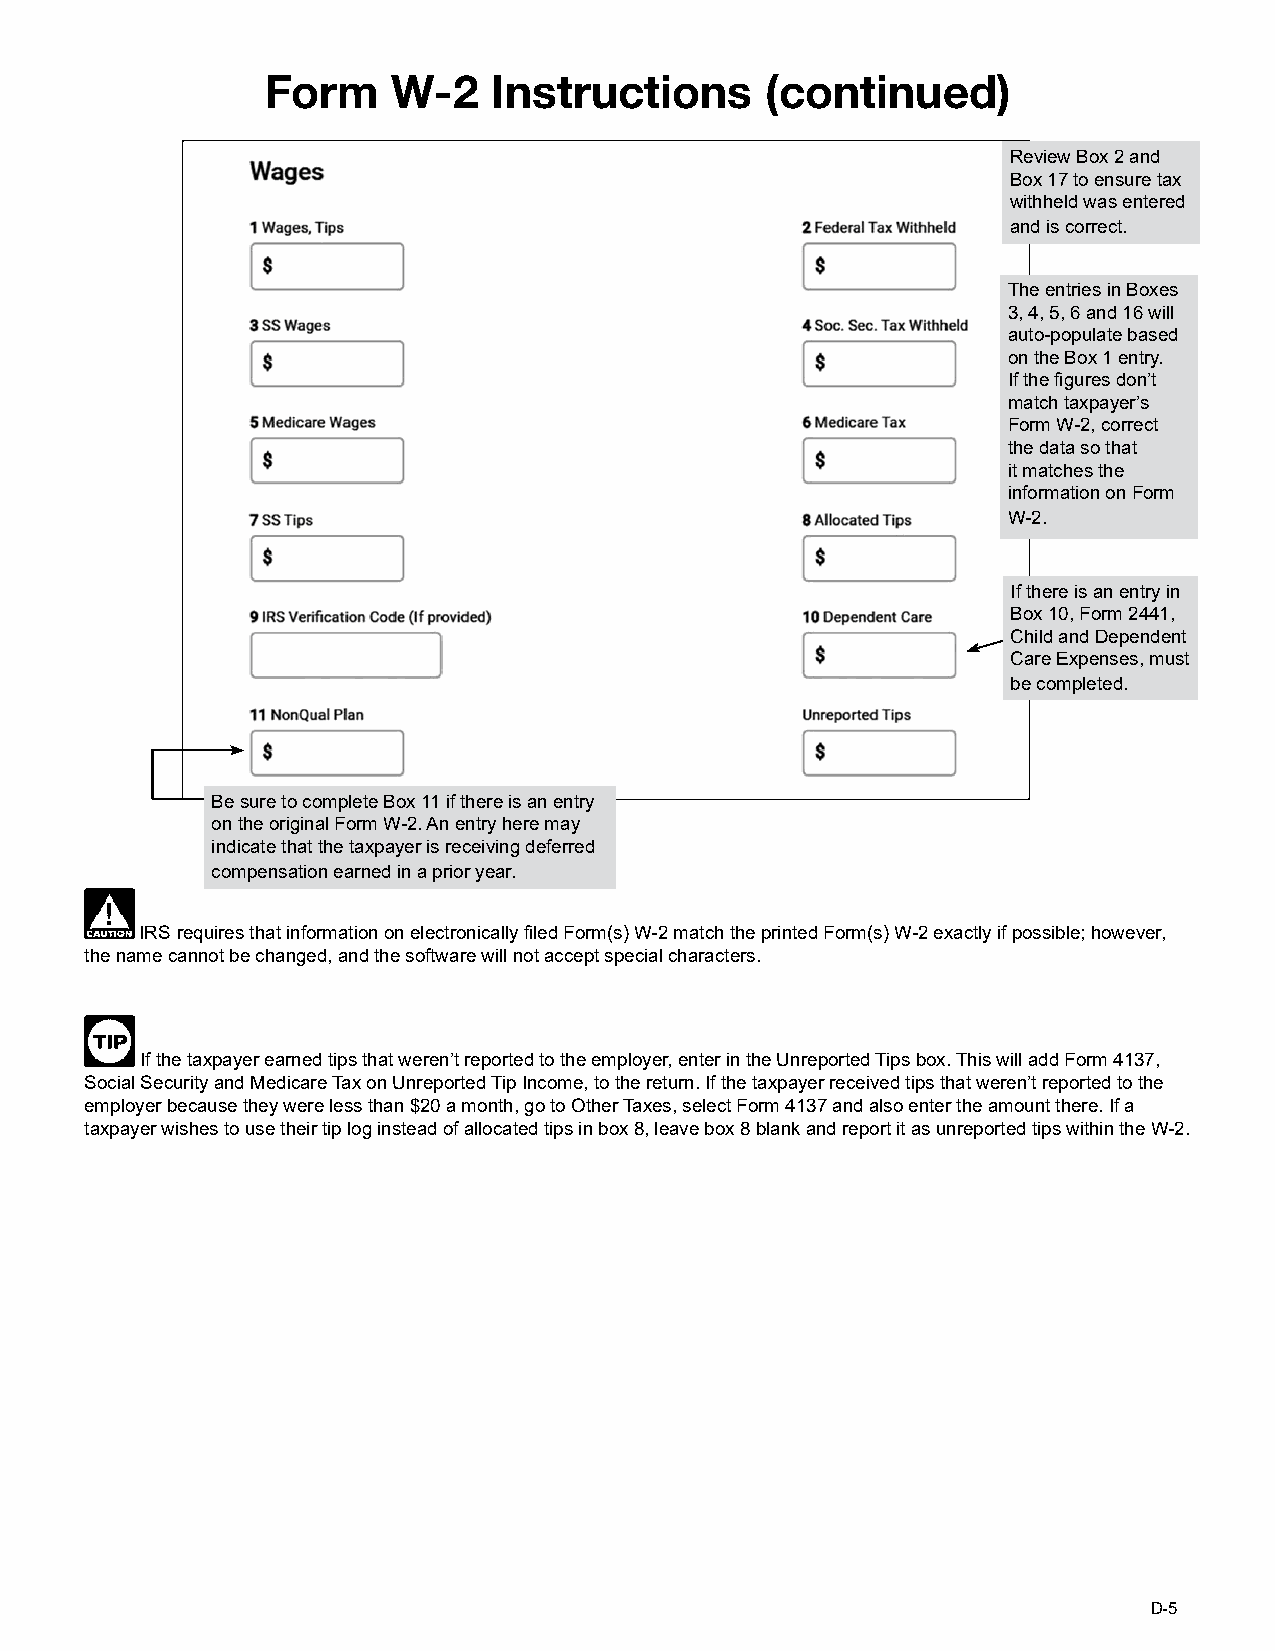
FFoorrmm WW--22 IInnssttrruuccttiioonnss ((ccoonnttiinnuueedd))
 RReevviieeww BBooxx 22 aanndd
 bBooxx 1177 ttoo eennssuurree ttaaxx
 wwiitthhhheelldd wwaass eenntteerreedd
 aanndd iiss ccoorrrreecctt..
 TThhee eennttrriieess iinn bBooxxeess
 33,, 44,, 55,, 66 aanndd 1166 wwiillll
 aauuttoo--ppooppuullaattee bbaasseedd
 oonn tthhee BBooxx 11 eennttrryy..
 IIff tthhee fifigguurreess ddoonn’’tt
 mmaattcchh ttaaxxppaayyeerr’’ss
 FFoorrmm WW--22,, ccoorrrreecctt
 tthhee ddaattaa ssoo tthhaatt
 iitt mmaattcchheess tthhee
 iinnffoorrmmaattiioonn oonn FFoorrmm
 WW--22..
 IIff tthheerree iiss aann eennttrryy iinn
 BBooxx 1100,, FFoorrmm 22444411,,
 CChhiilldd aanndd DDeeppeennddeenntt
 CCaarree EExxppeennsseess,, mmuusstt
 bbee ccoommpplleetteedd..
 BBee ssuurree ttoo ccoommpplleettee BBooxx 1111 iiff tthheerree iiss aann eennttrryy
 oonn tthhee oorriiggiinnaall FFoorrmm WW--22.. AAnn eennttrryy hheerree mmaayy
 iinnddiiccaattee tthhaatt tthhee ttaaxxppaayyeerr iiss rreecceeiivviinngg ddeeffeerrrreedd
 ccoommppeennssaattiioonn eeaarrnneedd iinn aa pprriioorr yyeeaarr..
 IRS requires that information on electronically filed Form(s) W-2 match the printed Form(s) W-2 exactly if possible; however,
 the name cannot be changed, and the software will not accept special characters.
 If the taxpayer earned tips that weren’t reported to the employer, enter in the Unreported Tips box. This will add Form 4137,
 Social Security and Medicare Tax on Unreported Tip Income, to the return. If the taxpayer received tips that weren’t reported to the
 employer because they were less than $20 a month, go to Other Taxes, select Form 4137 and also enter the amount there. If a
 taxpayer wishes to use their tip log instead of allocated tips in box 8, leave box 8 blank and report it as unreported tips within the W-2.
 D-5